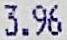
3.96